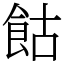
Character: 𩚩